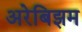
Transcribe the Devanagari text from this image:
अरेबिझम